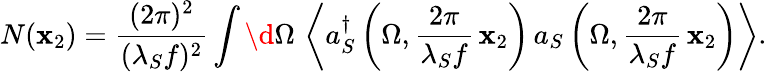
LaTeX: N({\mathbf x}_{2})=\frac{(2\pi)^{2}}{(\lambda_{S}f)^{2}}\int\d\Omega\, \left\langle a_{S}^{\dagger}\left(\Omega,\frac{2\pi}{\lambda_{S}f}\, {\mathbf x}_{2}\right)\, a_{S}\left(\Omega,\frac{2\pi}{\lambda_{S}f}\, {\mathbf x}_{2}\right)\right\rangle.